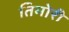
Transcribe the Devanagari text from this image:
तिमोरी